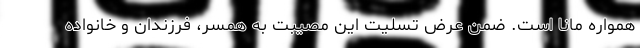
همواره مانا است. ضمن عرض تسلیت این مصیبت به همسر، فرزندان و خانواده